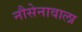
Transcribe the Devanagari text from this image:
नौसेनावाला